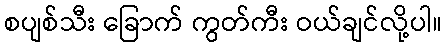
စပျစ်သီး ခြောက် ကွတ်ကီး ဝယ်ချင်လို့ပါ။